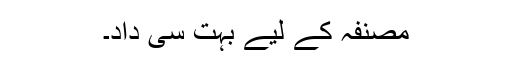
مصنفہ کے لیے بہت سی داد۔